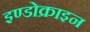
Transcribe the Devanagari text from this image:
इण्डोक्राइन